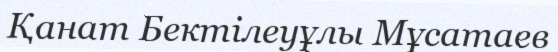
Қанат Бектілеуұлы Мұсатаев